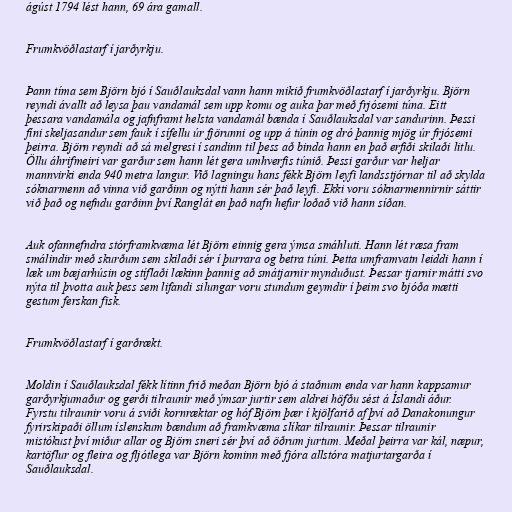
ágúst 1794 lést hann, 69 ára gamall.

Frumkvöðlastarf í jarðyrkju.

Þann tíma sem Björn bjó í Sauðlauksdal vann hann mikið frumkvöðlastarf í jarðyrkju. Björn
reyndi ávallt að leysa þau vandamál sem upp komu og auka þar með frjósemi túna. Eitt
þessara vandamála og jafnframt helsta vandamál bænda í Sauðlauksdal var sandurinn. Þessi
fíni skeljasandur sem fauk í sífellu úr fjörunni og upp á túnin og dró þannig mjög úr frjósemi
þeirra. Björn reyndi að sá melgresi í sandinn til þess að binda hann en það erfiði skilaði litlu.
Öllu áhrifmeiri var garður sem hann lét gera umhverfis túnið. Þessi garður var heljar
mannvirki enda 940 metra langur. Við lagningu hans fékk Björn leyfi landsstjórnar til að skylda
sóknarmenn að vinna við garðinn og nýtti hann sér það leyfi. Ekki voru sóknarmennirnir sáttir
við það og nefndu garðinn því Ranglát en það nafn hefur loðað við hann síðan.

Auk ofannefndra stórframkvæma lét Björn einnig gera ýmsa smáhluti. Hann lét ræsa fram
smálindir með skurðum sem skilaði sér í þurrara og betra túni. Þetta umframvatn leiddi hann í
læk um bæjarhúsin og stíflaði lækinn þannig að smátjarnir mynduðust. Þessar tjarnir mátti svo
nýta til þvotta auk þess sem lifandi silungar voru stundum geymdir í þeim svo bjóða mætti
gestum ferskan fisk.

Frumkvöðlastarf í garðrækt.

Moldin í Sauðlauksdal fékk lítinn frið meðan Björn bjó á staðnum enda var hann kappsamur
garðyrkjumaður og gerði tilraunir með ýmsar jurtir sem aldrei höfðu sést á Íslandi áður.
Fyrstu tilraunir voru á sviði kornræktar og hóf Björn þær í kjölfarið af því að Danakonungur
fyrirskipaði öllum íslenskum bændum að framkvæma slíkar tilraunir. Þessar tilraunir
mistókust því miður allar og Björn sneri sér því að öðrum jurtum. Meðal þeirra var kál, næpur,
kartöflur og fleira og fljótlega var Björn kominn með fjóra allstóra matjurtargarða í
Sauðlauksdal.